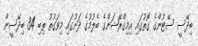
ބިދޭސީ ސޭޓުންގެ ގޮތުގައި އިމިގްރޭޝަންގެ ބެލުމުގެ ދަށުގައި މިވަގުތު ތިބި 34 ބިދޭސީން